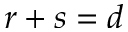
r + s = d